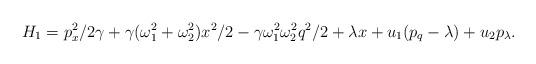
LaTeX: \begin{align*}H_1=p_x^2/2\gamma+\gamma(\omega_1^2+\omega_2^2)x^2/2 -\gamma\omega_1^2\omega_2^2q^2/2+\lambda x+u_1(p_q-\lambda)+u_2p_{\lambda}.\end{align*}